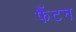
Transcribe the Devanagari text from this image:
फैंटन